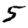
Digit: 5